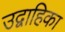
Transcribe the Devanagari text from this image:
उद्वाहिका